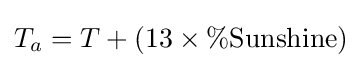
T_{a}=T+(13\times \%{\text{Sunshine}})